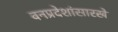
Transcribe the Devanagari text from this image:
वनप्रदेशांसारखे